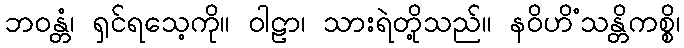
ဘဝန္တံ၊ ရှင်ရသေ့ကို။ ဝါဠာ၊ သားရဲတို့သည်။ နဝိဟိံသန္တိကစ္စိ၊